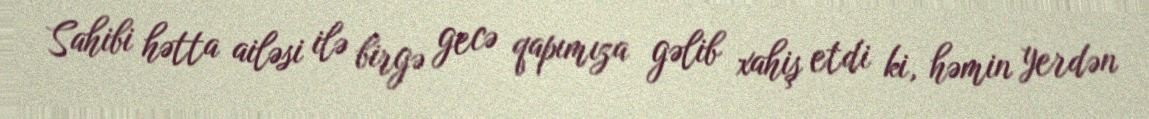
Sahibi hətta ailəsi ilə birgə gecə qapımıza gəlib xahiş etdi ki, həmin yerdən